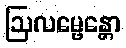
ဩလမ္ဗေန္တော